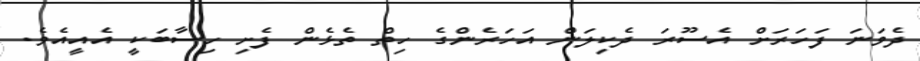
ދެވަނަ ފަހަރަށް އެސޫރަ ދެކިލަން އަހަރެންގެ ހިތް ތެޅެން ފެށި ހިސާބަކީ އެއީއެވެ.